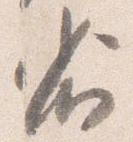
省